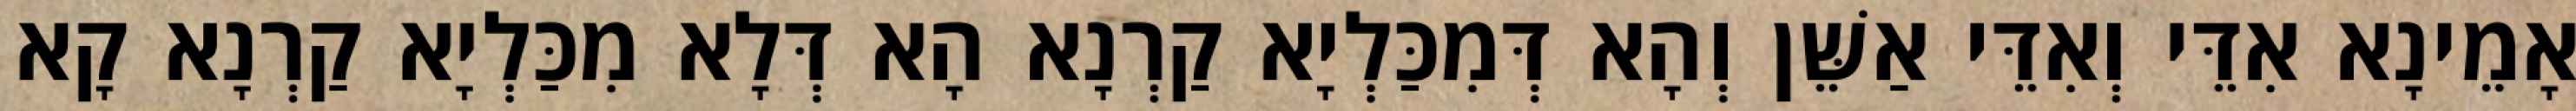
אָמֵינָא אִדֵּי וְאִדֵּי אַשֵּׁן וְהָא דְּמִכַּלְיָא קַרְנָא הָא דְּלָא מִכַּלְיָא קַרְנָא קָא